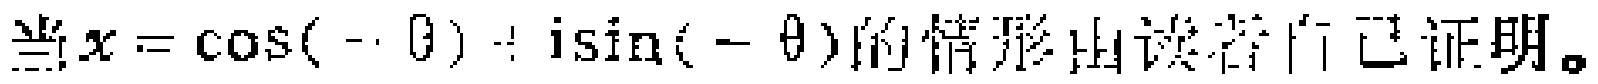
当$x = \cos(-\theta)+ \mathrm{i}\sin(-\theta)$的情形由读者自己证明。